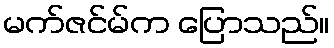
မက်ဇင်မ်က ပြောသည်။